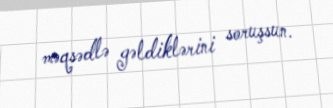
məqsədlə gəldiklərini soruşsun.